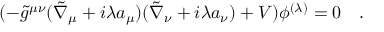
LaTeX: ( - \tilde { g } ^ { \mu \nu } ( \tilde { \nabla } _ { \mu } + i \lambda a _ { \mu } ) ( \tilde { \nabla } _ { \nu } + i \lambda a _ { \nu } ) + V ) \phi ^ { ( \lambda ) } = 0 ~ ~ ~ .